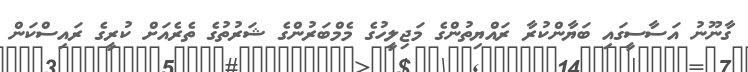
ގާނޫނު އަސާސީގައި ބަޔާންކުރާ ރައްޔިތުންގެ މަޖިލީހުގެ މެމްބަރުންގެ ޝަރުތުގެ ތެރެއަށް ކުރީގެ ރައިސްކަން